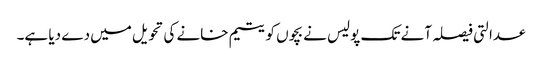
عدالتی فیصلہ آنے تک پولیس نے بچوں کو یتیم خانے کی تحویل میں دے دیا ہے۔